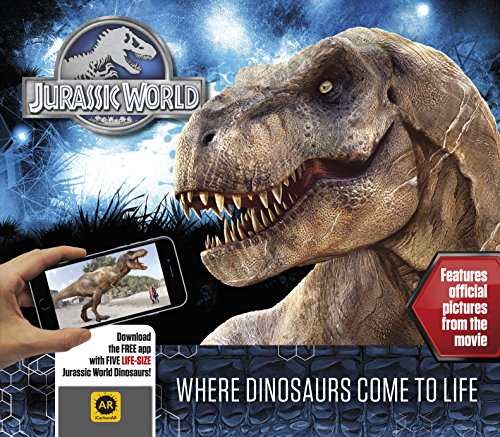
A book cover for Jurassic World - Where Dinosaurs Come to Life; Caroline Rowlands; Science & Math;